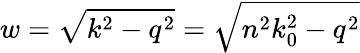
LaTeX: w=\sqrt{k^{2}-q^{2}}=\sqrt{n^{2}k_{0}^{2}-q^{2}}